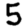
Digit: 5